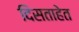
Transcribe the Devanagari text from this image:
दिसताहेत